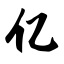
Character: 亿